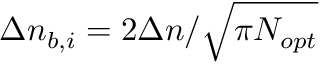
\Delta n _ { b , i } = 2 \Delta n / \sqrt { \pi N _ { o p t } }